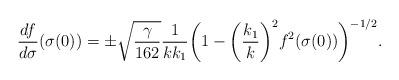
LaTeX: \begin{align*}\frac{df}{d\sigma}(\sigma(0))=\pm\sqrt{\frac{\gamma}{162}}\frac{1}{kk_1} \bigg(1-\bigg(\frac{k_1}{k}\bigg)^2f^2(\sigma(0))\bigg)^{-1/2} .\end{align*}